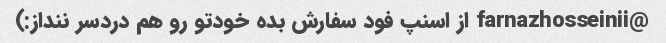
@farnazhosseinii از اسنپ فود سفارش بده خودتو رو هم دردسر ننداز:)